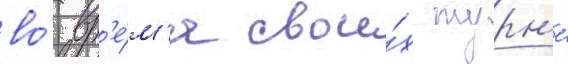
во́ вр'е́м'я свои́х турн'е́